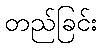
တည်ခြင်း